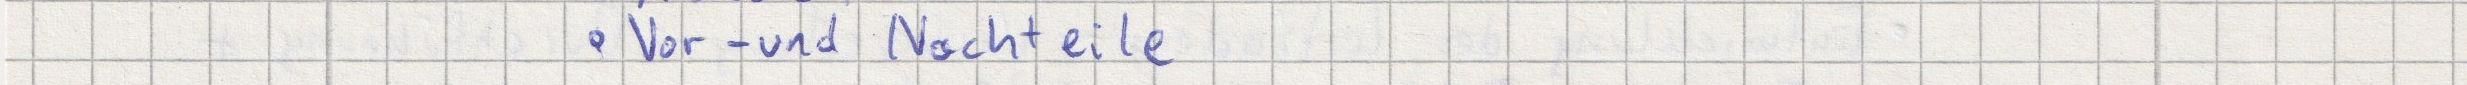
- Vor- und Nachteile